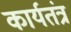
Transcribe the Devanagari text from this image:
कार्यतंत्र